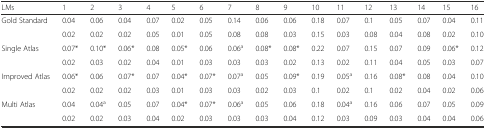
<table><thead><tr><td><b>LMs</b></td><td><b>1</b></td><td><b>2</b></td><td><b>3</b></td><td><b>4</b></td><td><b>5</b></td><td><b>6</b></td><td><b>7</b></td><td><b>8</b></td><td><b>9</b></td><td><b>10</b></td><td><b>11</b></td><td><b>12</b></td><td><b>13</b></td><td><b>14</b></td><td><b>15</b></td><td><b>16</b></td></tr></thead><tbody><tr><td rowspan="2">Gold Standard</td><td>0.04</td><td>0.06</td><td>0.04</td><td>0.07</td><td>0.02</td><td>0.05</td><td>0.14</td><td>0.06</td><td>0.06</td><td>0.18</td><td>0.07</td><td>0.1</td><td>0.05</td><td>0.07</td><td>0.04</td><td>0.11</td></tr><tr><td>0.02</td><td>0.02</td><td>0.02</td><td>0.05</td><td>0.01</td><td>0.05</td><td>0.08</td><td>0.08</td><td>0.03</td><td>0.15</td><td>0.03</td><td>0.08</td><td>0.04</td><td>0.08</td><td>0.02</td><td>0.10</td></tr><tr><td rowspan="2">Single Atlas</td><td>0.07*</td><td>0.10*</td><td>0.06*</td><td>0.08</td><td>0.05*</td><td>0.06</td><td>0.06<sup>a</sup></td><td>0.08*</td><td>0.08*</td><td>0.22</td><td>0.07</td><td>0.15</td><td>0.07</td><td>0.09</td><td>0.06*</td><td>0.12</td></tr><tr><td>0.02</td><td>0.03</td><td>0.02</td><td>0.04</td><td>0.01</td><td>0.03</td><td>0.03</td><td>0.03</td><td>0.02</td><td>0.13</td><td>0.02</td><td>0.11</td><td>0.04</td><td>0.05</td><td>0.03</td><td>0.07</td></tr><tr><td rowspan="2">Improved Atlas</td><td>0.06*</td><td>0.06</td><td>0.07*</td><td>0.07</td><td>0.04*</td><td>0.07*</td><td>0.07<sup>a</sup></td><td>0.05</td><td>0.09*</td><td>0.19</td><td>0.05<sup>a</sup></td><td>0.16</td><td>0.08*</td><td>0.08</td><td>0.04</td><td>0.10</td></tr><tr><td>0.02</td><td>0.02</td><td>0.02</td><td>0.03</td><td>0.01</td><td>0.03</td><td>0.03</td><td>0.02</td><td>0.03</td><td>0.1</td><td>0.02</td><td>0.1</td><td>0.02</td><td>0.04</td><td>0.02</td><td>0.06</td></tr><tr><td rowspan="2">Multi Atlas</td><td>0.04</td><td>0.04<sup>a</sup></td><td>0.05</td><td>0.07</td><td>0.04*</td><td>0.07*</td><td>0.06<sup>a</sup></td><td>0.05</td><td>0.06</td><td>0.18</td><td>0.04<sup>a</sup></td><td>0.16</td><td>0.06</td><td>0.07</td><td>0.05</td><td>0.09</td></tr><tr><td>0.02</td><td>0.02</td><td>0.03</td><td>0.04</td><td>0.02</td><td>0.03</td><td>0.03</td><td>0.03</td><td>0.04</td><td>0.12</td><td>0.03</td><td>0.09</td><td>0.03</td><td>0.04</td><td>0.04</td><td>0.06</td></tr></tbody></table>